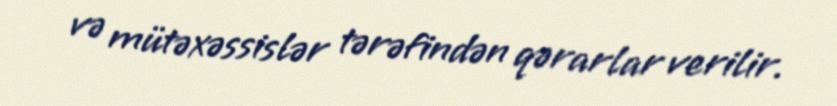
və mütəxəssislər tərəfindən qərarlar verilir.